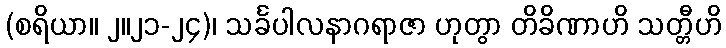
(စရိယာ။ ၂။၂၁-၂၄)၊ သင်္ခပါလနာဂရာဇာ ဟုတွာ တိခိဏာဟိ သတ္တီဟိ